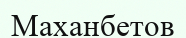
Маханбетов